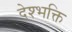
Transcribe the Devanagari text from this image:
देश्भक्ति